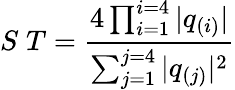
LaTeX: S\; T={\frac{4\prod_{i=1}^{i=4}|q_{(i)}|}{\sum_{j=1}^{j=4}|q_{(j)}|^{2}}}